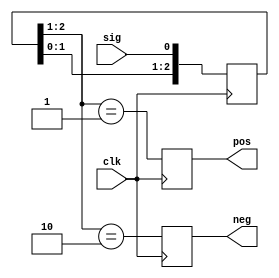


/*
edge_det edge_det(
.clk(),
.sig(),
.pos(),
.neg()
);
*/
module edge_det(
input clk,sig,
output reg pos,neg);
reg [2:0]r ;
always @ (posedge clk) r[2:0] <= {r[1:0] ,sig};
always @ (posedge clk) pos <= r[2:1]  == 2'b01;
always @ (posedge clk) neg <= r[2:1]  == 2'b10;
endmodule